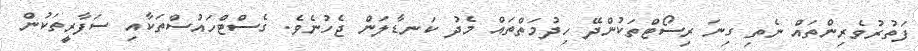
ފަތުރުވެރިންތައް ނެތި ގިނަ ރިސޯޓްތަކުންދޭ ހިދުމަތްތައް މެދު ކަނޑާލަން ޖެހުނެވެ. ގެސްޓްހައުސްތަކާއި ސަފާރީތަކުން